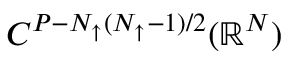
C ^ { P - N _ { \uparrow } ( N _ { \uparrow } - 1 ) / 2 } ( \mathbb { R } ^ { N } )